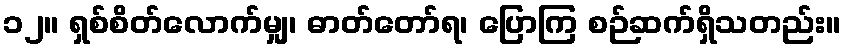
၁၂။ ရှစ်စိတ်လောက်မျှ၊ ဓာတ်တော်ရ၊ ပြောကြ စဉ်ဆက်ရှိသတည်း။